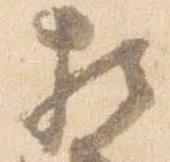
相